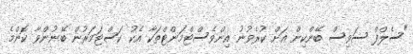
"ސެލްފް ސަވިސް ބޭންކިން އަށް ކުރެވުނު އިންވެސްޓްމަންޓްތަކާ އެކު ކަސްޓަމަރުން ބޭނުންވާ ކޮންމެ